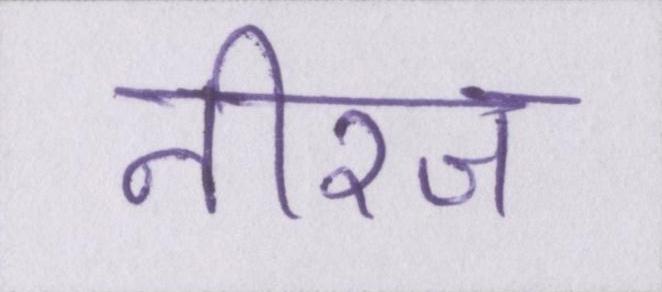
नीरज